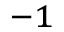
^ { - 1 }